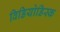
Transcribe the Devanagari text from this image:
विडियोडिस्क